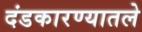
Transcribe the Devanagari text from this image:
दंडकारण्यातले